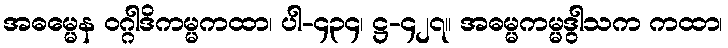
အဓမ္မေန ဝဂ္ဂါဒိကမ္မကထာ၊ ပါ-၄၃၄၊ ဋ္ဌ-၄၂၇။ အဓမ္မကမ္မဒွါသက ကထာ၊